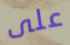
على